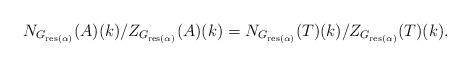
LaTeX: \begin{align*}N_{G_{\mathrm{res}(\alpha)}}(A)(k)/Z_{G_{\mathrm{res}(\alpha)}}(A)(k)=N_{G_{\mathrm{res}(\alpha)}}(T)(k)/Z_{G_{\mathrm{res}(\alpha)}}(T)(k).\end{align*}